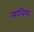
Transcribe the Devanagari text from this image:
माचिया